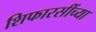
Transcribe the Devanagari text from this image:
शिफारसींच्या